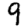
Digit: 9